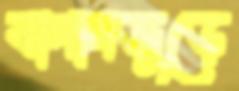
বাগানজুড়ে